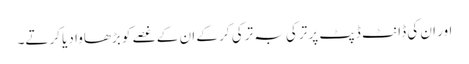
اور ان کی ڈانٹ ڈپٹ پر ترکی بہ ترکی کر کے ان کے غصے کو بڑھاوا دیا کرتے۔